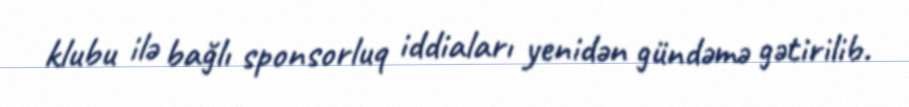
klubu ilə bağlı sponsorluq iddiaları yenidən gündəmə gətirilib.